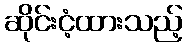
ဆိုင်းငံ့ထားသည့်